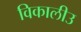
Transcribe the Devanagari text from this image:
विकालीउ